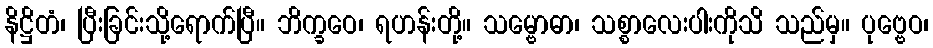
နိဋ္ဌိတံ၊ ပြီးခြင်းသို့ရောက်ပြီ။ ဘိက္ခဝေ၊ ရဟန်းတို့။ သမ္ဗောဓာ၊ သစ္စာလေးပါးကိုသိ သည်မှ။ ပုဗ္ဗေဝ၊